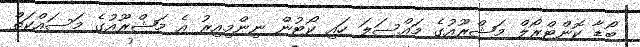
ބޯޑާ ކޮންޓްރޯލް މަޝްރޫއުގެ މައްސަލަ ހައި ކޯޓުން ނިންމިއިރު އެ މަޝްރޫއުގެ މަސައްކަތް